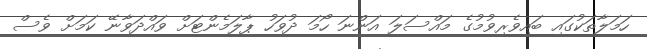
ހަމަލާތަކުގައި ބައިވެރިވުމުގެ މައްސަލަ އަންނަ ހޯމަ ދުވަހު ޕާލަމެންޓަށް ވައްދަވާނޭ ކަމަށް ވެސް